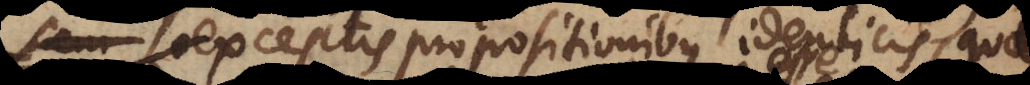
exceptis propositionibus identicis, quas